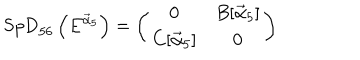
\mathrm { S p D } _ { 5 6 } \left( E ^ { { \vec { \alpha } } _ { 5 } } \right) = \left( \begin{matrix} { { { \bf 0 } } } & { { B [ { { \vec { \alpha } } _ { 5 } } ] } } \\ { { C [ { { \vec { \alpha } } _ { 5 } } ] } } & { { { \bf 0 } } } \\ \end{matrix} \right)